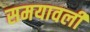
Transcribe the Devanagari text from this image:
समयावली